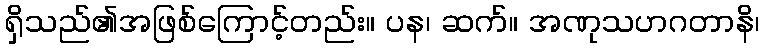
ရှိသည်၏အဖြစ်ကြောင့်တည်း။ ပန၊ ဆက်။ အဏုသဟဂတာနိ၊